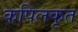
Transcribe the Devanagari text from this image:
कपिलकृत